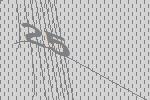
25